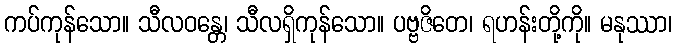
ကပ်ကုန်သော။ သီလဝန္တေ၊ သီလရှိကုန်သော။ ပဗ္ဗဇိတေ၊ ရဟန်းတို့ကို။ မနုဿာ၊